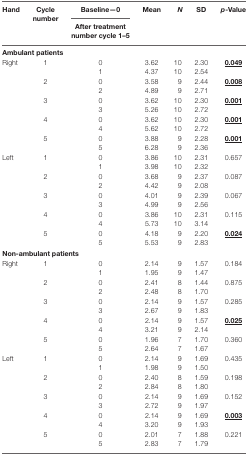
<table><thead><tr><td rowspan="2"><b>Hand</b></td><td rowspan="2"><b>Cycle number</b></td><td><b>Baseline—0</b></td><td rowspan="2"><b>Mean</b></td><td rowspan="2"><b><i>N</i></b></td><td rowspan="2"><b>SD</b></td><td rowspan="2"><b><i>p</i>-Value</b></td></tr><tr><td><b>After treatment number cycle 1–5</b></td></tr></thead><tbody><tr><td colspan="7"><b>Ambulant patients</b></td></tr><tr><td rowspan="10">Right</td><td rowspan="2">1</td><td>0</td><td>3.62</td><td>10</td><td>2.30</td><td rowspan="2"><b><underline>0.049</underline></b></td></tr><tr><td>1</td><td>4.37</td><td>10</td><td>2.54</td></tr><tr><td rowspan="2">2</td><td>0</td><td>3.58</td><td>9</td><td>2.44</td><td rowspan="2"><b><underline>0.008</underline></b></td></tr><tr><td>2</td><td>4.89</td><td>9</td><td>2.71</td></tr><tr><td rowspan="2">3</td><td>0</td><td>3.62</td><td>10</td><td>2.30</td><td rowspan="2"><b><underline>0.001</underline></b></td></tr><tr><td>3</td><td>5.26</td><td>10</td><td>2.72</td></tr><tr><td rowspan="2">4</td><td>0</td><td>3.62</td><td>10</td><td>2.30</td><td rowspan="2"><b><underline>0.001</underline></b></td></tr><tr><td>4</td><td>5.62</td><td>10</td><td>2.72</td></tr><tr><td rowspan="2">5</td><td>0</td><td>3.88</td><td>9</td><td>2.28</td><td rowspan="2"><b><underline>0.001</underline></b></td></tr><tr><td>5</td><td>6.28</td><td>9</td><td>2.36</td></tr><tr><td rowspan="10">Left</td><td rowspan="2">1</td><td>0</td><td>3.86</td><td>10</td><td>2.31</td><td rowspan="2">0.657</td></tr><tr><td>1</td><td>3.98</td><td>10</td><td>2.32</td></tr><tr><td rowspan="2">2</td><td>0</td><td>3.68</td><td>9</td><td>2.37</td><td rowspan="2">0.087</td></tr><tr><td>2</td><td>4.42</td><td>9</td><td>2.08</td></tr><tr><td rowspan="2">3</td><td>0</td><td>4.01</td><td>9</td><td>2.39</td><td rowspan="2">0.067</td></tr><tr><td>3</td><td>4.99</td><td>9</td><td>2.56</td></tr><tr><td rowspan="2">4</td><td>0</td><td>3.86</td><td>10</td><td>2.31</td><td rowspan="2">0.115</td></tr><tr><td>4</td><td>5.73</td><td>10</td><td>3.14</td></tr><tr><td rowspan="2">5</td><td>0</td><td>4.18</td><td>9</td><td>2.20</td><td rowspan="2"><b><underline>0.024</underline></b></td></tr><tr><td>5</td><td>5.53</td><td>9</td><td>2.83</td></tr><tr><td colspan="7"><b>Non-ambulant patients</b></td></tr><tr><td rowspan="10">Right</td><td rowspan="2">1</td><td>0</td><td>2.14</td><td>9</td><td>1.57</td><td rowspan="2">0.184</td></tr><tr><td>1</td><td>1.95</td><td>9</td><td>1.47</td></tr><tr><td rowspan="2">2</td><td>0</td><td>2.41</td><td>8</td><td>1.44</td><td rowspan="2">0.875</td></tr><tr><td>2</td><td>2.48</td><td>8</td><td>1.70</td></tr><tr><td rowspan="2">3</td><td>0</td><td>2.14</td><td>9</td><td>1.57</td><td rowspan="2">0.285</td></tr><tr><td>3</td><td>2.67</td><td>9</td><td>1.83</td></tr><tr><td rowspan="2">4</td><td>0</td><td>2.14</td><td>9</td><td>1.57</td><td rowspan="2"><b><underline>0.025</underline></b></td></tr><tr><td>4</td><td>3.21</td><td>9</td><td>2.14</td></tr><tr><td rowspan="2">5</td><td>0</td><td>1.96</td><td>7</td><td>1.70</td><td rowspan="2">0.360</td></tr><tr><td>5</td><td>2.64</td><td>7</td><td>1.67</td></tr><tr><td rowspan="10">Left</td><td rowspan="2">1</td><td>0</td><td>2.14</td><td>9</td><td>1.69</td><td rowspan="2">0.435</td></tr><tr><td>1</td><td>1.98</td><td>9</td><td>1.50</td></tr><tr><td rowspan="2">2</td><td>0</td><td>2.40</td><td>8</td><td>1.59</td><td rowspan="2">0.198</td></tr><tr><td>2</td><td>2.84</td><td>8</td><td>1.80</td></tr><tr><td rowspan="2">3</td><td>0</td><td>2.14</td><td>9</td><td>1.69</td><td rowspan="2">0.152</td></tr><tr><td>3</td><td>2.72</td><td>9</td><td>1.97</td></tr><tr><td rowspan="2">4</td><td>0</td><td>2.14</td><td>9</td><td>1.69</td><td rowspan="2"><b><underline>0.003</underline></b></td></tr><tr><td>4</td><td>3.20</td><td>9</td><td>1.93</td></tr><tr><td rowspan="2">5</td><td>0</td><td>2.01</td><td>7</td><td>1.88</td><td rowspan="2">0.221</td></tr><tr><td>5</td><td>2.83</td><td>7</td><td>1.79</td></tr></tbody></table>